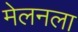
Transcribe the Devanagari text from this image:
मेलनला